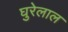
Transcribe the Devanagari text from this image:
घुरेलाल